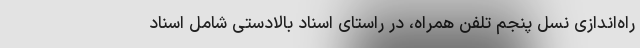
راه‌اندازی نسل پنجم تلفن همراه، در راستای اسناد بالادستی شامل اسناد